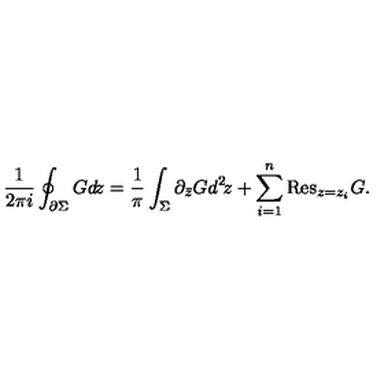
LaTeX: \frac { 1 } { 2 \pi i } \oint _ { \partial \Sigma } G d \! z = \frac { 1 } { \pi } \int _ { \Sigma } \partial _ { \bar { z } } G d ^ { 2 } \! z + \sum _ { i = 1 } ^ { n } \mathrm { R e s } _ { z = z _ { i } } G .